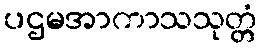
ပဌမအာကာသသုတ္တံ